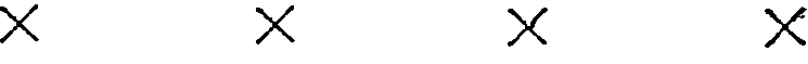
X X X X